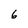
Character: 6